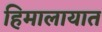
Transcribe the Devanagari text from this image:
हिमालायात